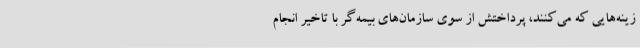
زینه‌هایی که می‌کنند، پرداختش از سوی سازمان‌های بیمه‌گر با تاخیر انجام